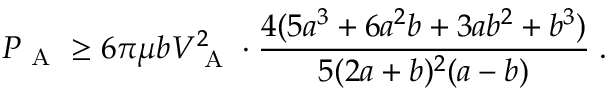
P _ { \mathrm { ~ A ~ } } \ge 6 \pi \mu b V _ { \mathrm { ~ A ~ } } ^ { 2 } \cdot \frac { 4 ( 5 a ^ { 3 } + 6 a ^ { 2 } b + 3 a b ^ { 2 } + b ^ { 3 } ) } { 5 ( 2 a + b ) ^ { 2 } ( a - b ) } \; .